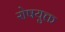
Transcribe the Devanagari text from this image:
रोषयुक्त